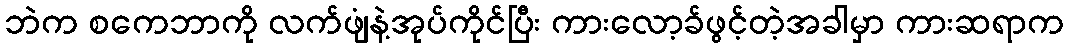
ဘဲက စကေဘာကို လက်ဖျံနဲ့အုပ်ကိုင်ပြီး ကားလော့ခ်ဖွင့်တဲ့အခါမှာ ကားဆရာက